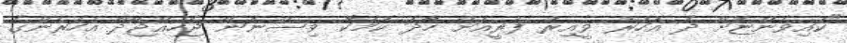
"ކައިވެންޏަށް ދެ އަހަރު ވީއިރު ފަރީއަށް ހާދަ ކަމަކާ ވިސްނަން ޖެހިއްޖޭދޯ އަހަރެންގެ